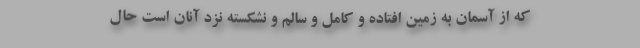
که از آسمان به زمین افتاده و کامل و سالم و نشکسته نزد آنان است حال